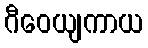
ဂီဝေယျကာယ